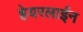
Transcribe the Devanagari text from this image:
हेयरलाईन